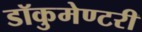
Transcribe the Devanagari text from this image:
डॉकुमेण्टरी